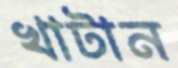
খাটান